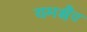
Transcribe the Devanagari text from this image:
यमश्चैव